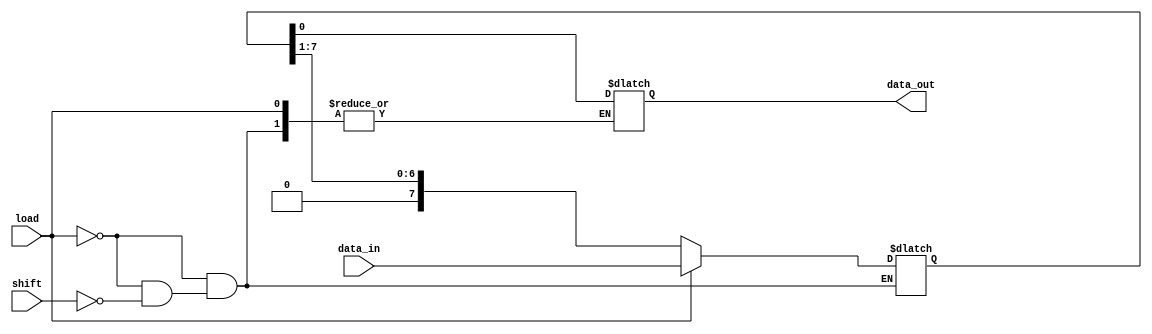
module PISO_Register #(
    parameter N = 8  // Width of the register
)(
    input wire [N-1:0] data_in,  // Parallel input data bus
    input wire load,              // Active-high control signal to load data
    input wire shift,             // Active-high control signal to shift data out
    output reg data_out           // Serial output for the shifted data
);

    reg [N-1:0] shift_reg;        // Shift register to hold the data

    always @(*) begin
        // Load operation
        if (load) begin
            shift_reg = data_in;   // Load data into the shift register
        end
        // Shift operation
        else if (shift) begin
            data_out = shift_reg[0]; // Output the LSB
            shift_reg = {1'b0, shift_reg[N-1:1]}; // Shift right
        end
    end

endmodule